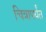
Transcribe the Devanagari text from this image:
चित्रापर्यंत